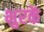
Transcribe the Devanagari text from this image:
भुरकें